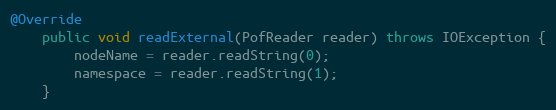
Language: Java
@Override
    public void readExternal(PofReader reader) throws IOException {
        nodeName = reader.readString(0);
        namespace = reader.readString(1);
    }